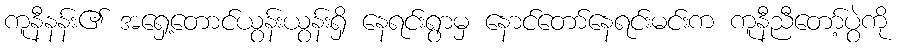
ကူနီနန်း၏ အရှေ့တောင်ယွန်းယွန်းရှိ နေရင်းရွာမှ နောင်တော်နေရင်းမင်းက ကူနီညီတော့်ပွဲကို